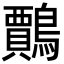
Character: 𪆲